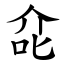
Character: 㖋